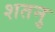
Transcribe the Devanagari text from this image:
शतनु